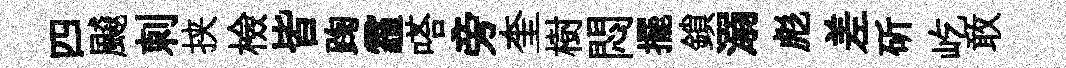
四飇刺挟檢皆踘霾嗒旁奎樹悶擺鎖溺彪差斫屹敢